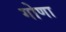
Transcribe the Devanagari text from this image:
गोणा